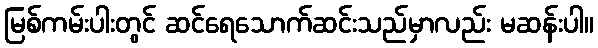
မြစ်ကမ်းပါးတွင် ဆင်ရေသောက်ဆင်းသည်မှာလည်း မဆန်းပါ။